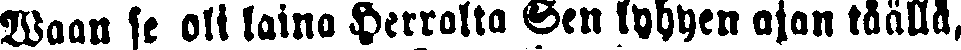
Waan se oli laina Herralta Sen lyhyen ajan täällä,